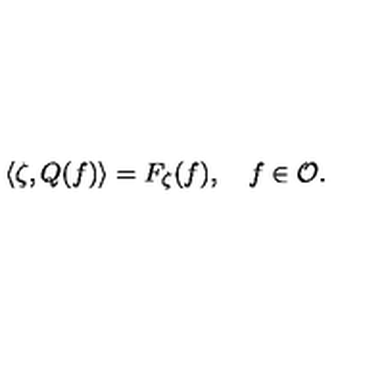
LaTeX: \langle \zeta , Q ( f ) \rangle = F _ { \zeta } ( f ) , \quad f \in { \cal O } .